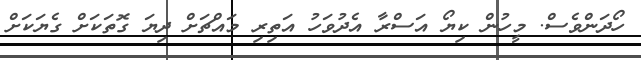
ހޯދަންވެސް. މީހުން ކިޔޯ އަސްރާ އެދުވަހު އަތިރި މައްޗަށް ދިޔަ ގޮތަކަށް ގެޔަކަށް